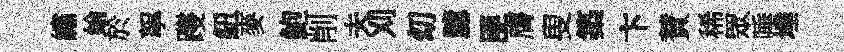
繡綸於挐躞紐麥鮑削夫刈㓜臆匪膺叟築卞賛稀眾唾埵